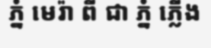
ភ្នំ មេរ៉ា ពី ជា ភ្នំ ភ្លើង